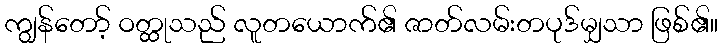
ကျွန်တော့် ဝတ္ထုသည် လူတယောက်၏ ဇာတ်လမ်းတပုဒ်မျှသာ ဖြစ်၏။